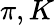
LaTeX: \pi,K